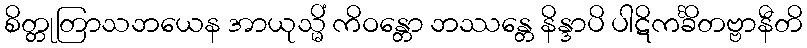
စိတ္တုတြာသဘယေန အာယုသ္မိံ ကိဝန္တော ဘဿန္တေ နိန္ဒာပိ ပါဋိကင်္ခိတဗ္ဗာနီတိ